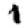
Digit: 1